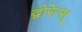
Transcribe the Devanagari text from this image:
द्वोरेत्स्